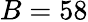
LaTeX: B=58